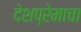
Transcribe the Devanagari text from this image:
देशप्रेमाचा